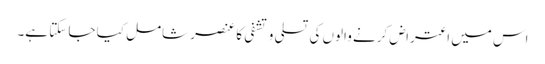
اس میں اعتراض کرنے والوں کی تسلی و تشفی کا عنصر شامل کیا جا سکتا ہے۔